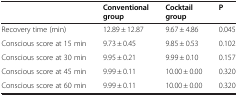
<table><thead><tr><td><b> </b></td><td><b>Conventional group</b></td><td><b>Cocktail group</b></td><td><b>P</b></td></tr></thead><tbody><tr><td>Recovery time (min)</td><td>12.89 ± 12.87</td><td>9.67 ± 4.86</td><td>0.045</td></tr><tr><td>Conscious score at 15 min</td><td>9.73 ± 0.45</td><td>9.85 ± 0.53</td><td>0.102</td></tr><tr><td>Conscious score at 30 min</td><td>9.95 ± 0.21</td><td>9.99 ± 0.10</td><td>0.157</td></tr><tr><td>Conscious score at 45 min</td><td>9.99 ± 0.11</td><td>10.00 ± 0.00</td><td>0.320</td></tr><tr><td>Conscious score at 60 min</td><td>9.99 ± 0.11</td><td>10.00 ± 0.00</td><td>0.320</td></tr></tbody></table>